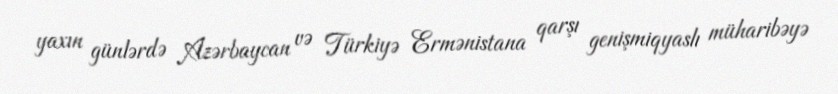
yaxın günlərdə Azərbaycan və Türkiyə Ermənistana qarşı genişmiqyaslı müharibəyə